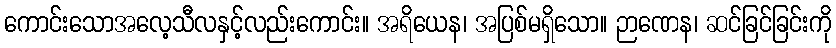
ကောင်းသောအလေ့သီလနှင့်လည်းကောင်း။ အရိယေန၊ အပြစ်မရှိသော။ ဉာဏေန၊ ဆင်ခြင်ခြင်းကို